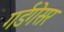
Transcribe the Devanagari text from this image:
गर्डगेसर